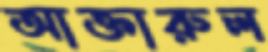
আক্তারুল